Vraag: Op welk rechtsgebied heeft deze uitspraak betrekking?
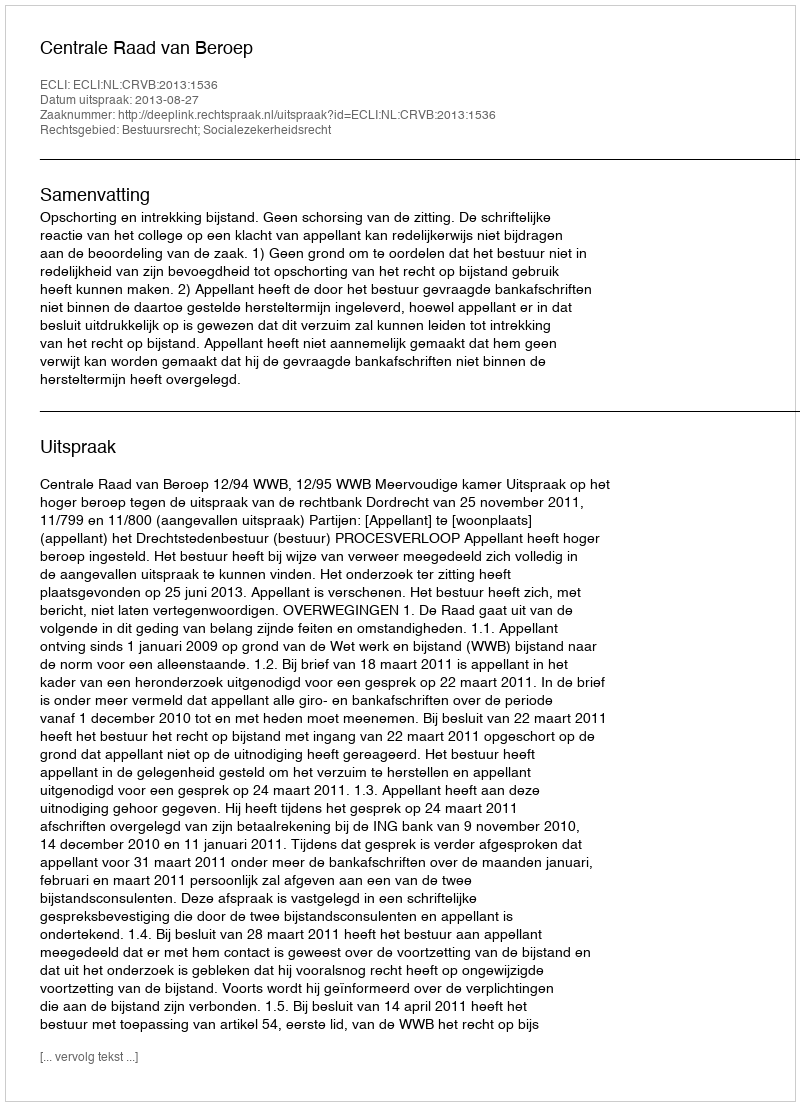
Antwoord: Bestuursrecht; Socialezekerheidsrecht